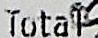
TOTAL